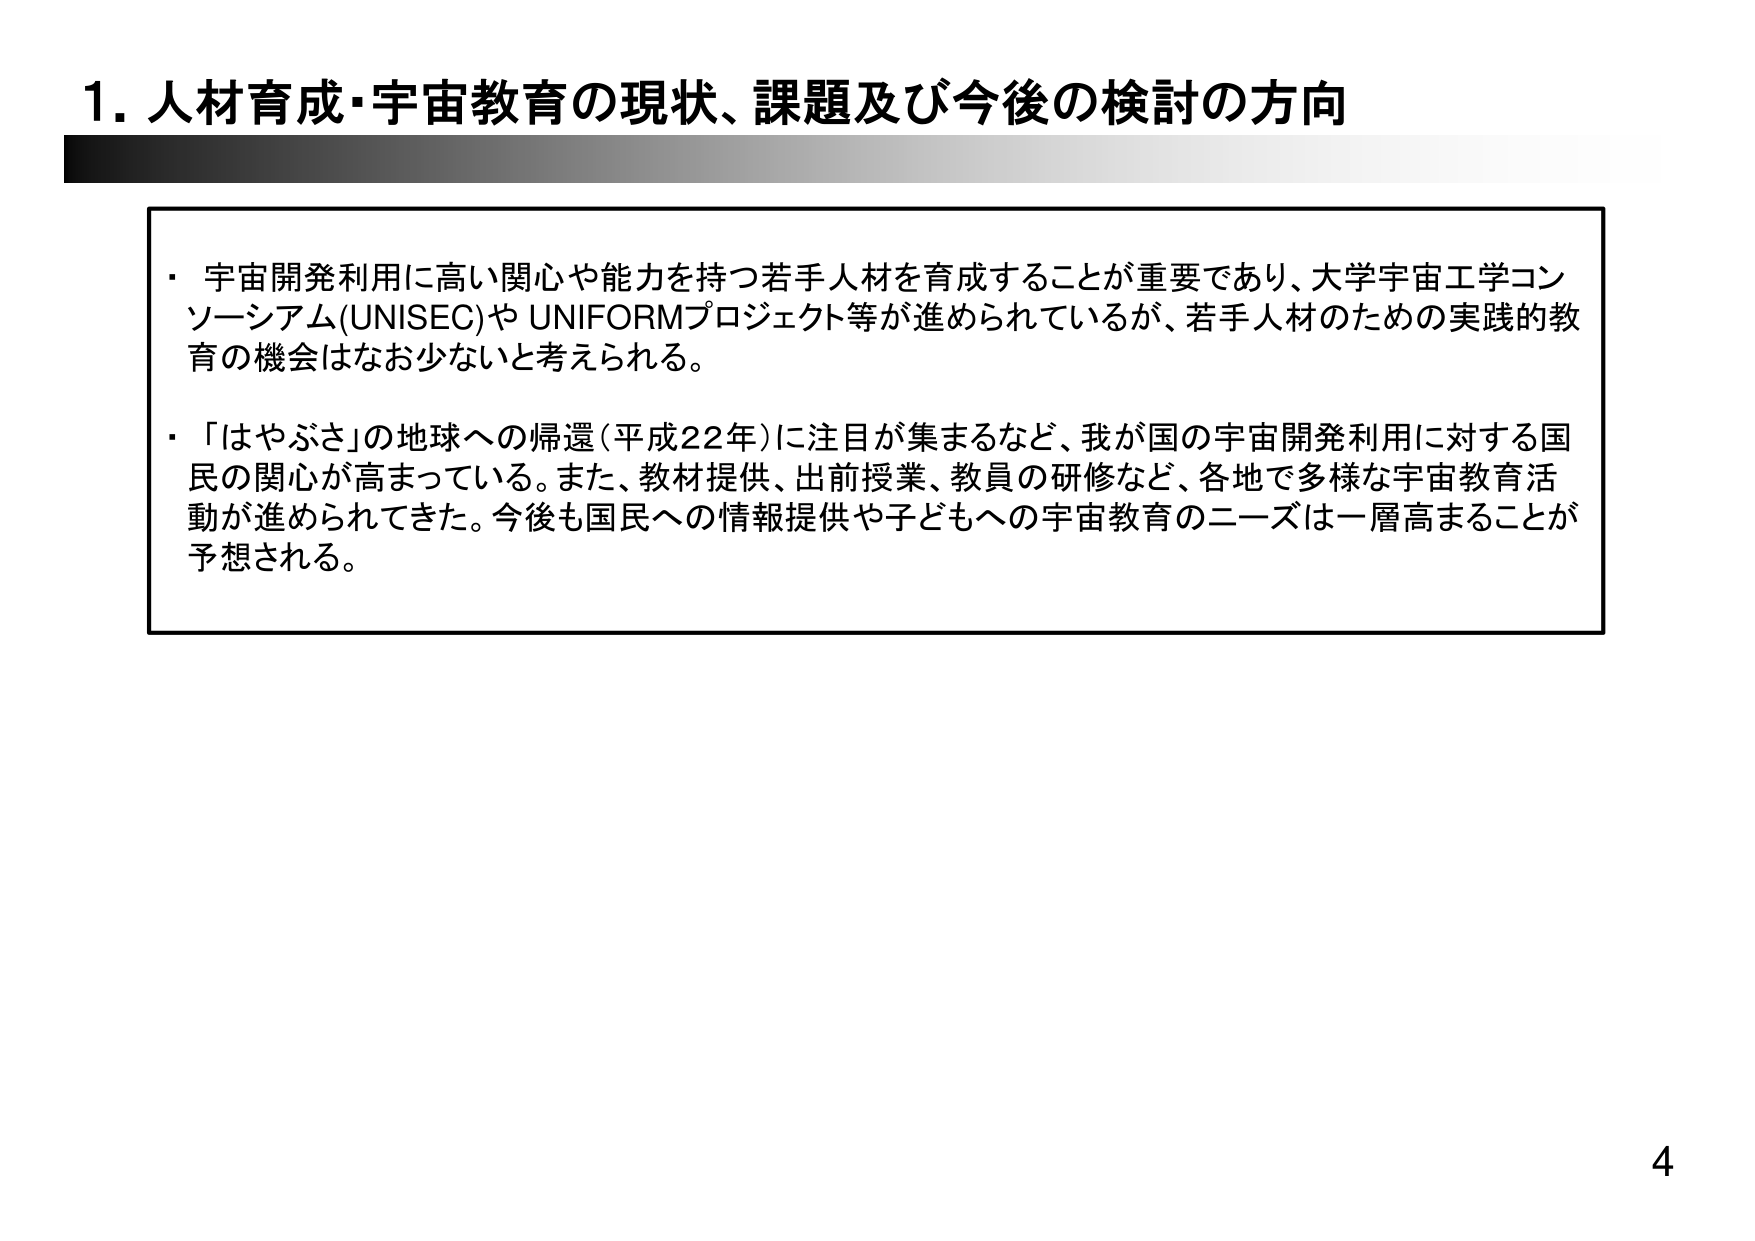
1. 人材育成・宇宙教育の現状、課題及び今後の検討の方向

・宇宙開発利用に高い関心や能力を持つ若手人材を育成することが重要であり、大学宇宙工学コンソーシアム(UNISEC)や UNIFORMプロジェクト等が進められているが、若手人材のための実践的教育の機会はなお少ないと考えられる。

・「はやぶさ」の地球への帰還（平成22年）に注目が集まるなど、我が国の宇宙開発利用に対する国民の関心が高まっている。また、教材提供、出前授業、教員の研修など、各地で多様な宇宙教育活動が進められてきた。今後も国民への情報提供や子どもへの宇宙教育のニーズは一層高まることが予想される。

4